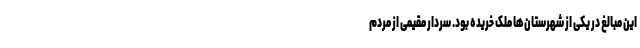
این مبالغ در یکی از شهرستان‌ها ملک خریده بود. سردار مقیمی از مردم